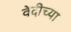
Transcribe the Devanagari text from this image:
वेदीच्या